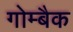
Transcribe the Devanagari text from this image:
गोम्बैक